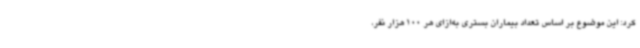
کرد: این موضوع بر اساس تعداد بیماران بستری به‌ازای هر 100 هزار نفر،